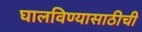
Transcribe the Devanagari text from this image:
घालविण्यासाठीची